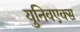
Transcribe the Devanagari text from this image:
युनिवएक्स